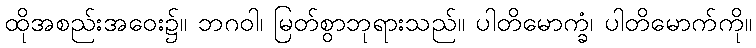
ထိုအစည်းအဝေး၌။ ဘဂဝါ၊ မြတ်စွာဘုရားသည်။ ပါတိမောက္ခံ၊ ပါတိမောက်ကို။